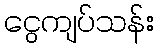
ငွေကျပ်သန်း